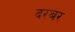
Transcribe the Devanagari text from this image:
दरबर